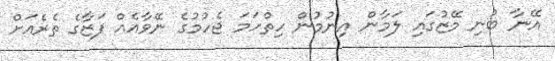
އޭނާ ބުނި މޭޒުގައި ލަމާން އިނުމުން ހިތްހަމަ ޖެހުމުގެ ނޭވާއެއް ފަޒާގެ ތެރެއަށް